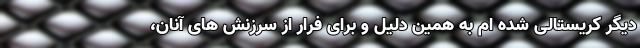
دیگر کریستالی شده ام به همین دلیل و برای فرار از سرزنش های آنان،